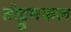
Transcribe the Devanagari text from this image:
तोट्टुमकल